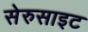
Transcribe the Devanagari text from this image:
सेरुसाइट